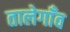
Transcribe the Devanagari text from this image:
तालेगाँव